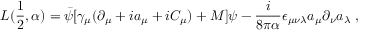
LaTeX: { \cal L } ( \frac { 1 } { 2 } , \alpha ) = \bar { \psi } [ \gamma _ { \mu } ( \partial _ { \mu } + i a _ { \mu } + i C _ { \mu } ) + M ] \psi - \frac { i } { 8 \pi \alpha } \epsilon _ { \mu \nu \lambda } a _ { \mu } \partial _ { \nu } a _ { \lambda } \; ,